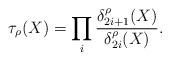
LaTeX: \begin{align*}\tau_{\rho}(X)=\prod _{i} \dfrac{\delta^{\rho}_{2i+1}(X)}{\delta^{\rho}_{2i}(X)}.\end{align*}